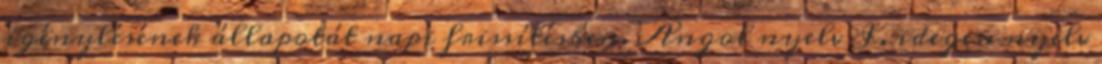
igénylésének állapotát napi frissítésben. Angol nyelv I. idegen nyelv